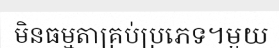
មិនធម្មតាគ្រប់ប្រភេទ។មួយ